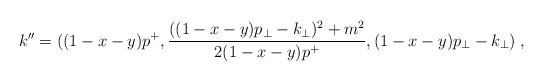
\begin{align*}k^{\prime \prime}=((1-x-y)p^+,{{((1-x-y)p_{\perp} - k_{\perp})^2 + m^2} \over{2(1-x-y)p^+}},(1-x-y)p_\perp - k_\perp)\;,\end{align*}